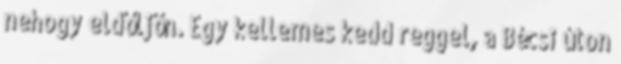
nehogy eldőljön. Egy kellemes kedd reggel, a Bécsi úton